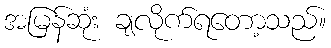
အမြန်ဆုံး ချလိုက်ရတော့သည်။